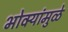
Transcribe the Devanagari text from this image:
भोवर्‍यांमुळे